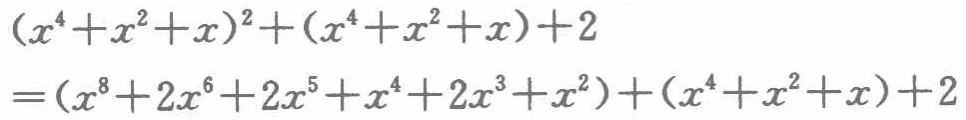
\((x^{4}+x^{2}+x)^{2}+(x^{4}+x^{2}+x)+2=(x^{8}+2x^{6}+2x^{5}+x^{4}+2x^{3}+x^{2})+(x^{4}+x^{2}+x)+2\)